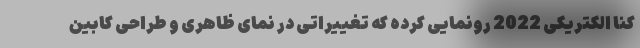
کنا الکتریکی 2022 رونمایی کرده که تغییراتی در نمای ظاهری و طراحی کابین